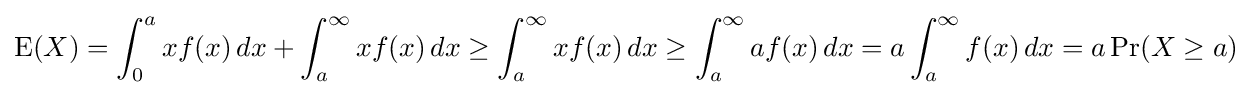
\operatorname {E} (X)=\int _{0}^{a}xf(x)\,dx+\int _{a}^{\infty }xf(x)\,dx\geq \int _{a}^{\infty }xf(x)\,dx\geq \int _{a}^{\infty }af(x)\,dx=a\int _{a}^{\infty }f(x)\,dx=a\operatorname {Pr} (X\geq a)